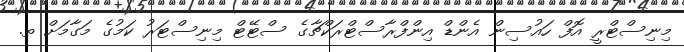
މިނިސްޓްރީ އޮފް ހައުސިން އެންޑް އިންފްރާސްޓްރަކްޗާގެ ސްޓޭޓް މިނިސްޓަރު ކަމުގެ މަގާމަށް ތ.